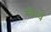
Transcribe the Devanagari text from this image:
स्कैवे